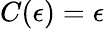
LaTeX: C(\epsilon)=\epsilon